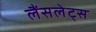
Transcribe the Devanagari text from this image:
लैंसलेट्स